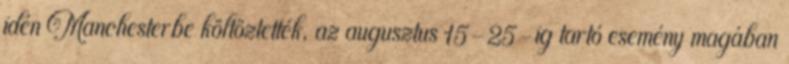
idén Manchesterbe költöztették, az augusztus 15-25-ig tartó esemény magában